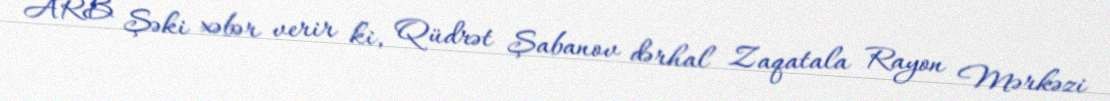
ARB Şəki xəbər verir ki, Qüdrət Şabanov dərhal Zaqatala Rayon Mərkəzi